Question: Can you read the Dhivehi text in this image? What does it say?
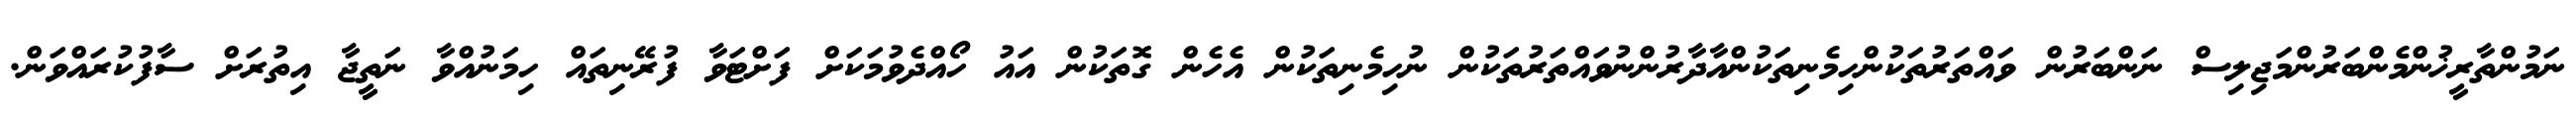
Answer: ނަމުންތާރީޚުންމެންބަރުންމަޖިލިސް ނަންބަރުން ވައްތަރުތަކުންހިމެނިތަކުންއާދާރުންނުވައްތަރުތަކުން ނުހިމެނިތަކުން އެހެން ގޮތަކުން އައު ހޯއްދެވުމަކަށް ފަށްޓަވާ ފުރޭނިތައް ހިމަނުއްވާ ނަތީޖާ އިތުރަށް ސާފުކުރައްވަން.